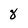
Character: 8